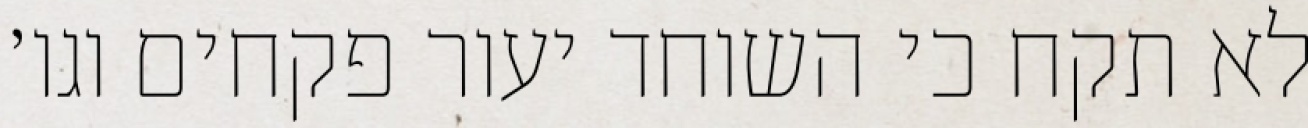
לא תקח כי השוחד יעור פקחים וגו׳